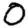
Digit: 0